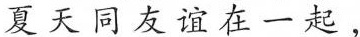
夏天同友谊在一起，